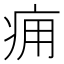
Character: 痈